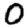
Digit: 0